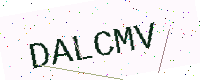
Text: DALCMV